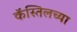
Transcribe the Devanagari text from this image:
कॅस्तिलच्या